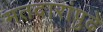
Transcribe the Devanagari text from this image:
मतदारांपुढे